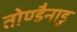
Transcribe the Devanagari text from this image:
तोण्डैनाडु